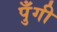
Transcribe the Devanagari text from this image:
पुँगी